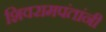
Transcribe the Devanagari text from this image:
शिवरामपंतांनी